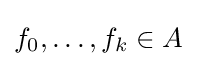
f_{0},\ldots ,f_{k}\in A